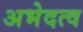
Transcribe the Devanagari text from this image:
अभेदत्व